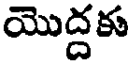
యొద్దకు